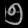
Digit: ၅